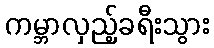
ကမ္ဘာလှည့်ခရီးသွား